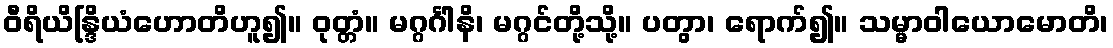
ဝီရိယိန္ဒြိယံဟောတိဟူ၍။ ဝုတ္တံ။ မဂ္ဂင်္ဂါနိ၊ မဂ္ဂင်တို့သို့။ ပတွာ၊ ရောက်၍။ သမ္မာဝါယောမောတိ၊